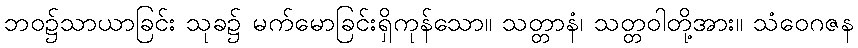
ဘဝ၌သာယာခြင်း သုခ၌ မက်မောခြင်းရှိကုန်သော။ သတ္တာနံ၊ သတ္တဝါတို့အား။ သံဝေဂဇန